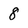
Character: 8